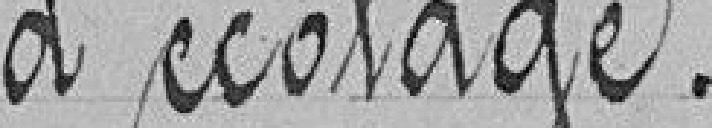
d'écolage.